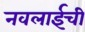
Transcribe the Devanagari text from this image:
नवलाईची